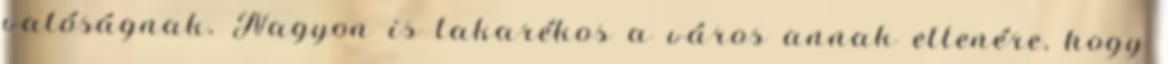
valóságnak. Nagyon is takarékos a város annak ellenére, hogy